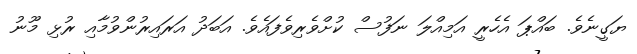
ޔަގީނެވެ. ބައްޕަ އެހެރީ އަމިއްލަ ނަފުސް ކުށްވެރިވެފައެވެ. އަބަދު އަރައިރުންވުމާއި ރުޅި މޫނު